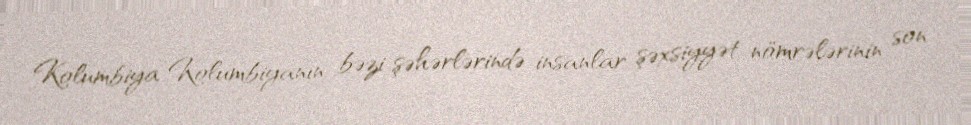
Kolumbiya Kolumbiyanın bəzi şəhərlərində insanlar şəxsiyyət nömrələrinin son